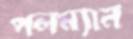
পলম্যান